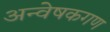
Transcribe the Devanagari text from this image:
अन्वेषकगण